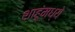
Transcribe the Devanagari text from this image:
शाहूंमध्ये